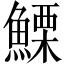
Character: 𩺤